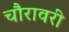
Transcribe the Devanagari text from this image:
चौरावरी